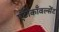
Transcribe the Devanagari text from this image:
एंटीकाँवल्सेंट